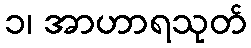
၁၊ အာဟာရသုတ်